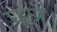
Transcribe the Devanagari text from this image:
पले।